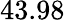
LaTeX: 43.98